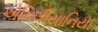
એમિલીયાનિયા